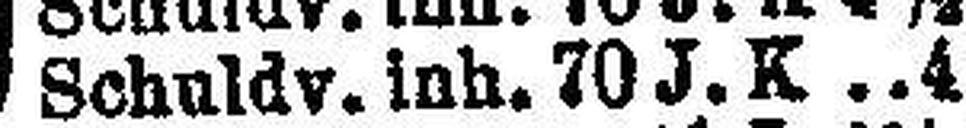
Schuldv. inh 70 J. K 4